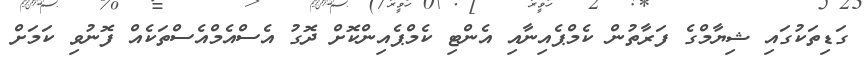
ގަޑިތަކުގައި ޝިޔާމްގެ ފަރާތުން ކެމްޕެއިނާއި އެންޓި ކެމްޕެއިންކޮށް ދޮގު އެސްއެމްއެސްތަކެއް ފޮނުވި ކަމަށް